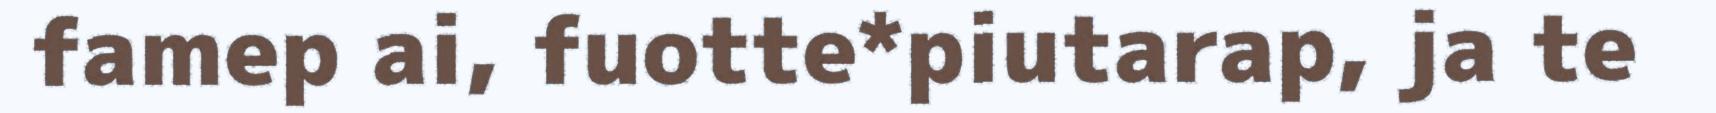
famep ai, fuotte*piutarap, ja te